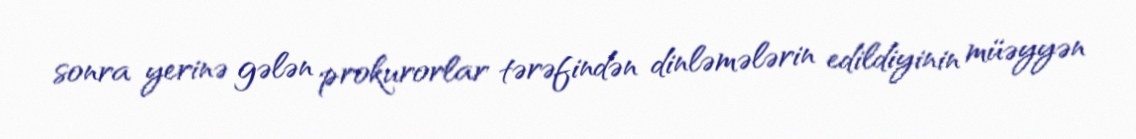
sonra yerinə gələn prokurorlar tərəfindən dinləmələrin edildiyinin müəyyən